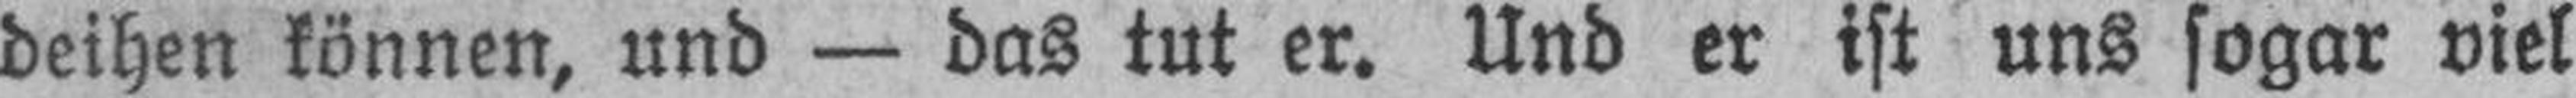
deihen können, und — das tut er. Und er ist uns sogar viel